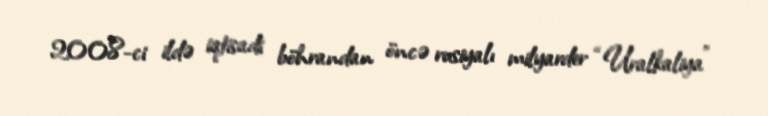
2008-ci ildə iqtisadi böhrandan öncə rusiyalı milyarder “Uralkaliya”